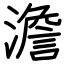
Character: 澹